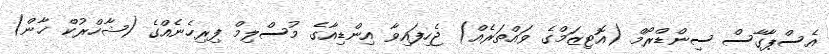
އެސްޕާގާސް ސިންޑްރޯމް (އޮޓިޒަމްގެ ވައްތަރެއް) ޖެހިފައިވާ އިންޑިއާގެ މުސްލިމް ފިރިހެނެއްގެ (ޝާހްރުކް ޚާން)